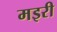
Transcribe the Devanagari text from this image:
मइरी